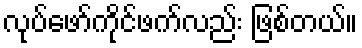
လုပ်ဖော်ကိုင်ဖက်လည်း ဖြစ်တယ်။